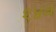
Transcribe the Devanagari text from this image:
१४व